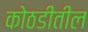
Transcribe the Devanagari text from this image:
कोठडीतील